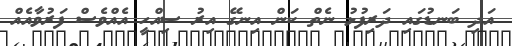
އަދި ބަނޑުގައި ދަރިފުޅު ނެތް ކަން އިނގޭ އިރު ސިއްހީ އެއްވެސް ފަރުވާއެއް